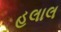
હલાલ